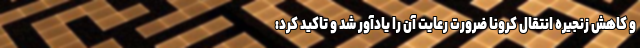
و کاهش زنجیره انتقال کرونا ضرورت رعایت آن را یادآور شد و تاکید کرد: